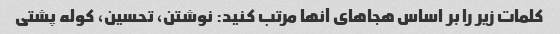
کلمات زیر را بر اساس هجاهای آنها مرتب کنید: نوشتن، تحسین، کوله پشتی